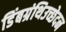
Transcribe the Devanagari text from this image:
डिंबग्रंथिउच्छेदन